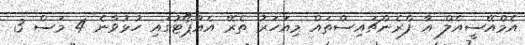
އެމްއޭސީއެލް އާ ފްރެންޗައިސްތައް މިއަހަރު ތެރޭ އެއާޕޯޓުގައި ހުޅުވާނެ 4 މަސް 3